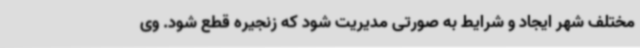
مختلف شهر ایجاد و شرایط به صورتی مدیریت شود که زنجیره قطع شود. وی